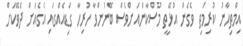
އިމްތިހާނު ކުރިމަތި ވެގެން އުޅޭތީ މުސްކާންއަށްވެސް ބޭނުންވާ ހުރިހާ ގަޑިއެއްގައި އެގެއަށް ދެވޭކަށް